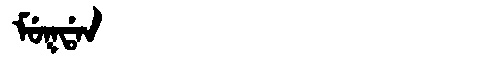
Manchu: ᠮᡠᡴᡩᠠᠨ
Romanization: MUKDAN